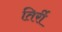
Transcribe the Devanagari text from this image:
तिर्री